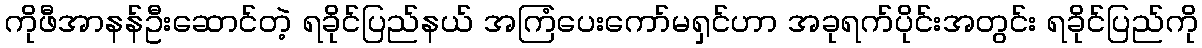
ကိုဖီအာနန်ဦးဆောင်တဲ့ ရခိုင်ပြည်နယ် အကြံပေးကော်မရှင်ဟာ အခုရက်ပိုင်းအတွင်း ရခိုင်ပြည်ကို